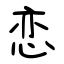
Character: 恋